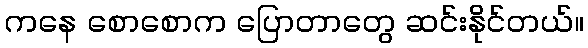
ကနေ စောစောက ပြောတာတွေ ဆင်းနိုင်တယ်။